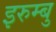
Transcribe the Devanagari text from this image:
इरुम्बु